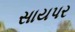
સાયપર